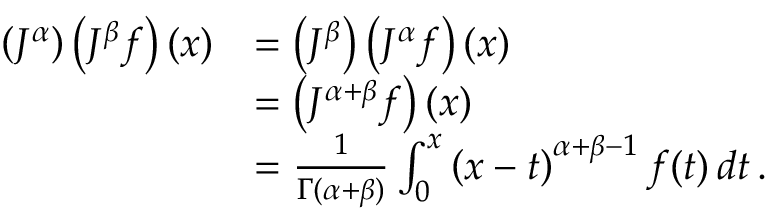
{ \begin{array} { r l } { \left( J ^ { \alpha } \right) \left( J ^ { \beta } f \right) ( x ) } & { = \left( J ^ { \beta } \right) \left( J ^ { \alpha } f \right) ( x ) } \\ & { = \left( J ^ { \alpha + \beta } f \right) ( x ) } \\ & { = { \frac { 1 } { \Gamma ( \alpha + \beta ) } } \int _ { 0 } ^ { x } \left( x - t \right) ^ { \alpha + \beta - 1 } f ( t ) \, d t \, . } \end{array} }